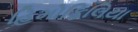
હિમોફિલિયા